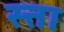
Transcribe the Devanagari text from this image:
स्त्ता